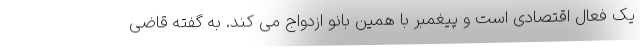
یک فعال اقتصادی است و پیغمبر با همین بانو ازدواج می کند. به گفته قاضی